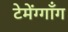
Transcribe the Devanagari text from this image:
टेमेंग्गाँग